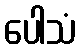
ပေါသံ